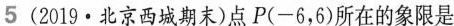
5 （2019·北京西城期末）点P(-6，6)所在的象限是